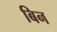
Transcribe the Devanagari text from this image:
बिन